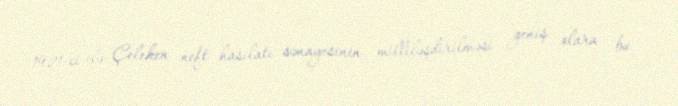
1921-ci ilə Çeleken neft hasilatı sənayesinin milliləşdirilməsi geniş olara bu